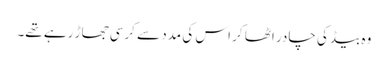
وہ بیڈ کی چادر اٹھا کر اس کی مدد سے کرسی جھاڑ رہے تھے۔